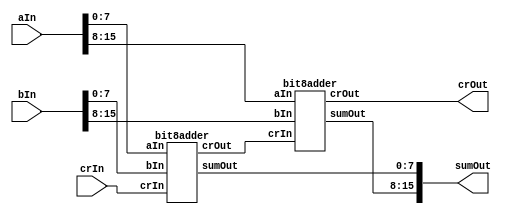
module adder_bit16 (
	input [15:0] aIn, bIn,
	input crIn,
	output [15:0] sumOut,
	output crOut
);
wire w;

bit8adder bit8add0 (aIn[7:0], bIn[7:0], crIn, sumOut[7:0], w);
bit8adder bit8add1 (aIn[15:8], bIn[15:8], w, sumOut[15:8], crOut);
endmodule

module bit8adder (
	input [7:0] aIn, bIn,
	input crIn,
	output [7:0] sumOut,
	output crOut
);
wire w;
bit4adder bit4add0 (aIn[3:0], bIn[3:0], crIn, sumOut[3:0], w);
bit4adder bit4add1 (aIn[7:4], bIn[7:4], w, sumOut[7:4], cout);
endmodule


module bit4adder (
	input [3:0] aIn, bIn,
	input crIn,
	output [3:0] sumOut,
	output crOut
);

wire [2:0] w;

fullAdder AD0 (aIn[0], bIn[0], crIn, sumOut[0], w[0]);
fullAdder AD1 (aIn[1], bIn[1], w[0], sumOut[1], w[1]);
fullAdder AD2 (aIn[2], bIn[2], w[1], sumOut[2], w[2]);
fullAdder AD3 (aIn[3], bIn[3], w[2], sumOut[3], crout);
endmodule


module fullAdder (
	input aIn, bIn,
	input crIn,
	output sumOut, crOut
);

wire [2:0] w;

assign crOut = (aIn&&bIn) || (aIn&&crIn) || (bIn&&crIn);
assign sumOut = aIn ^ bIn ^ crIn;
endmodule

	



//module halfadder (
	//input aIn,
	//input bIn,
	//output sumOut,
	//output crOut
//);

//xor (sumOut, aIn, bIn);
//and (crOut, aIn, bIn);

//endmodule